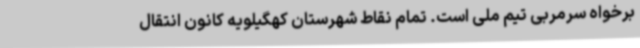
برخواه سرمربی تیم ملی است. تمام نقاط شهرستان کهگیلویه کانون انتقال